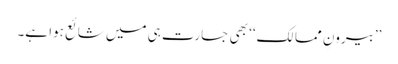
’’بیرونِ ممالک‘‘ بھی جسارت ہی میں شائع ہوا ہے۔